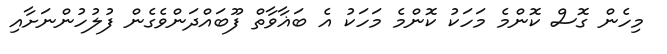
މިހެން ގޮސް ކޮންމެ މަހަކު ކޮންމެ މަހަކު އެ ބަޣާވާތް ފޫބައްދަންވެގެން ފުލުހުންނަށާއި